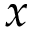
x